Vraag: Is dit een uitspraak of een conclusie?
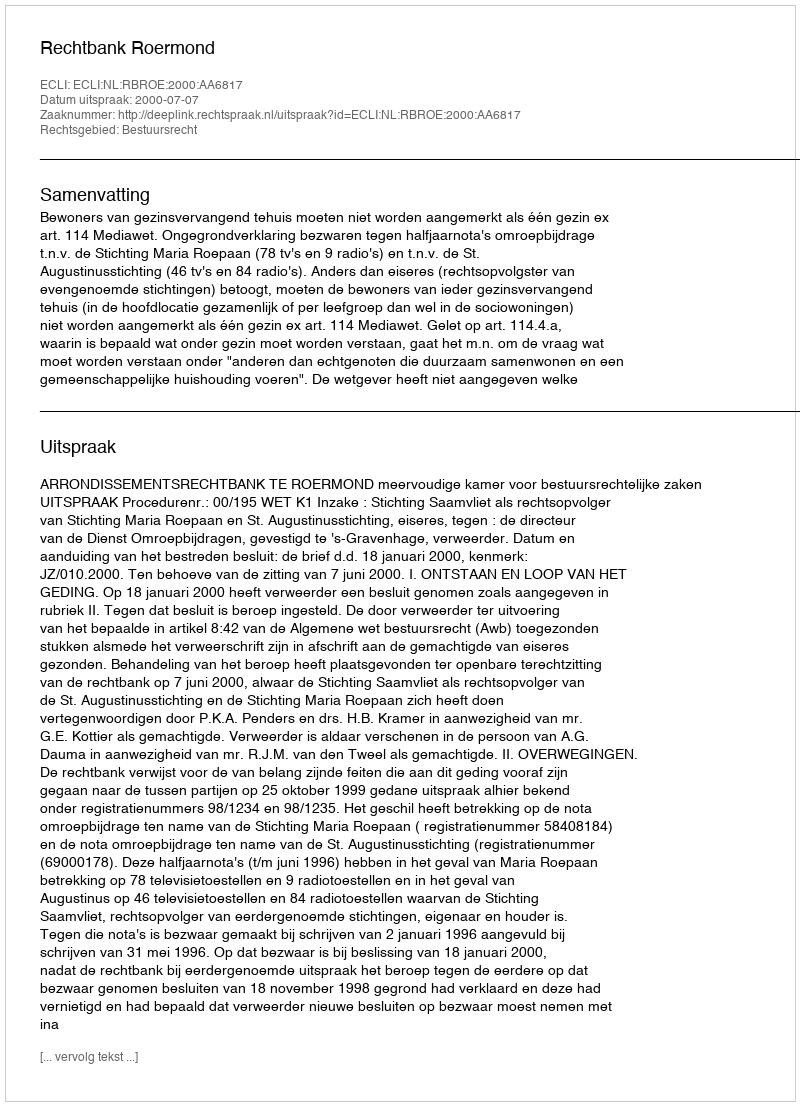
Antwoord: Uitspraak